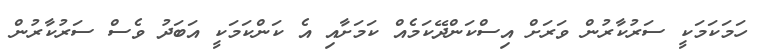
ހަމަކަމަކީ ސަރުކާރުން ވަރަށް އިސްކަންދޭކަމެއް ކަމަށާއި އެ ކަންކަމަކީ އަބަދު ވެސް ސަރުކާރުން